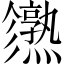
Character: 𤒙